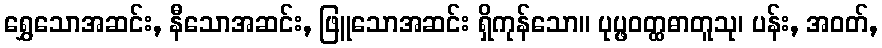
ရွှေသောအဆင်း, နီသောအဆင်း, ဖြူသောအဆင်း ရှိကုန်သော။ ပုပ္ဖဝတ္ထဓာတူသု၊ ပန်း, အဝတ်,